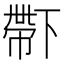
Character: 𠁑